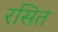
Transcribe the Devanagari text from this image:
रसित